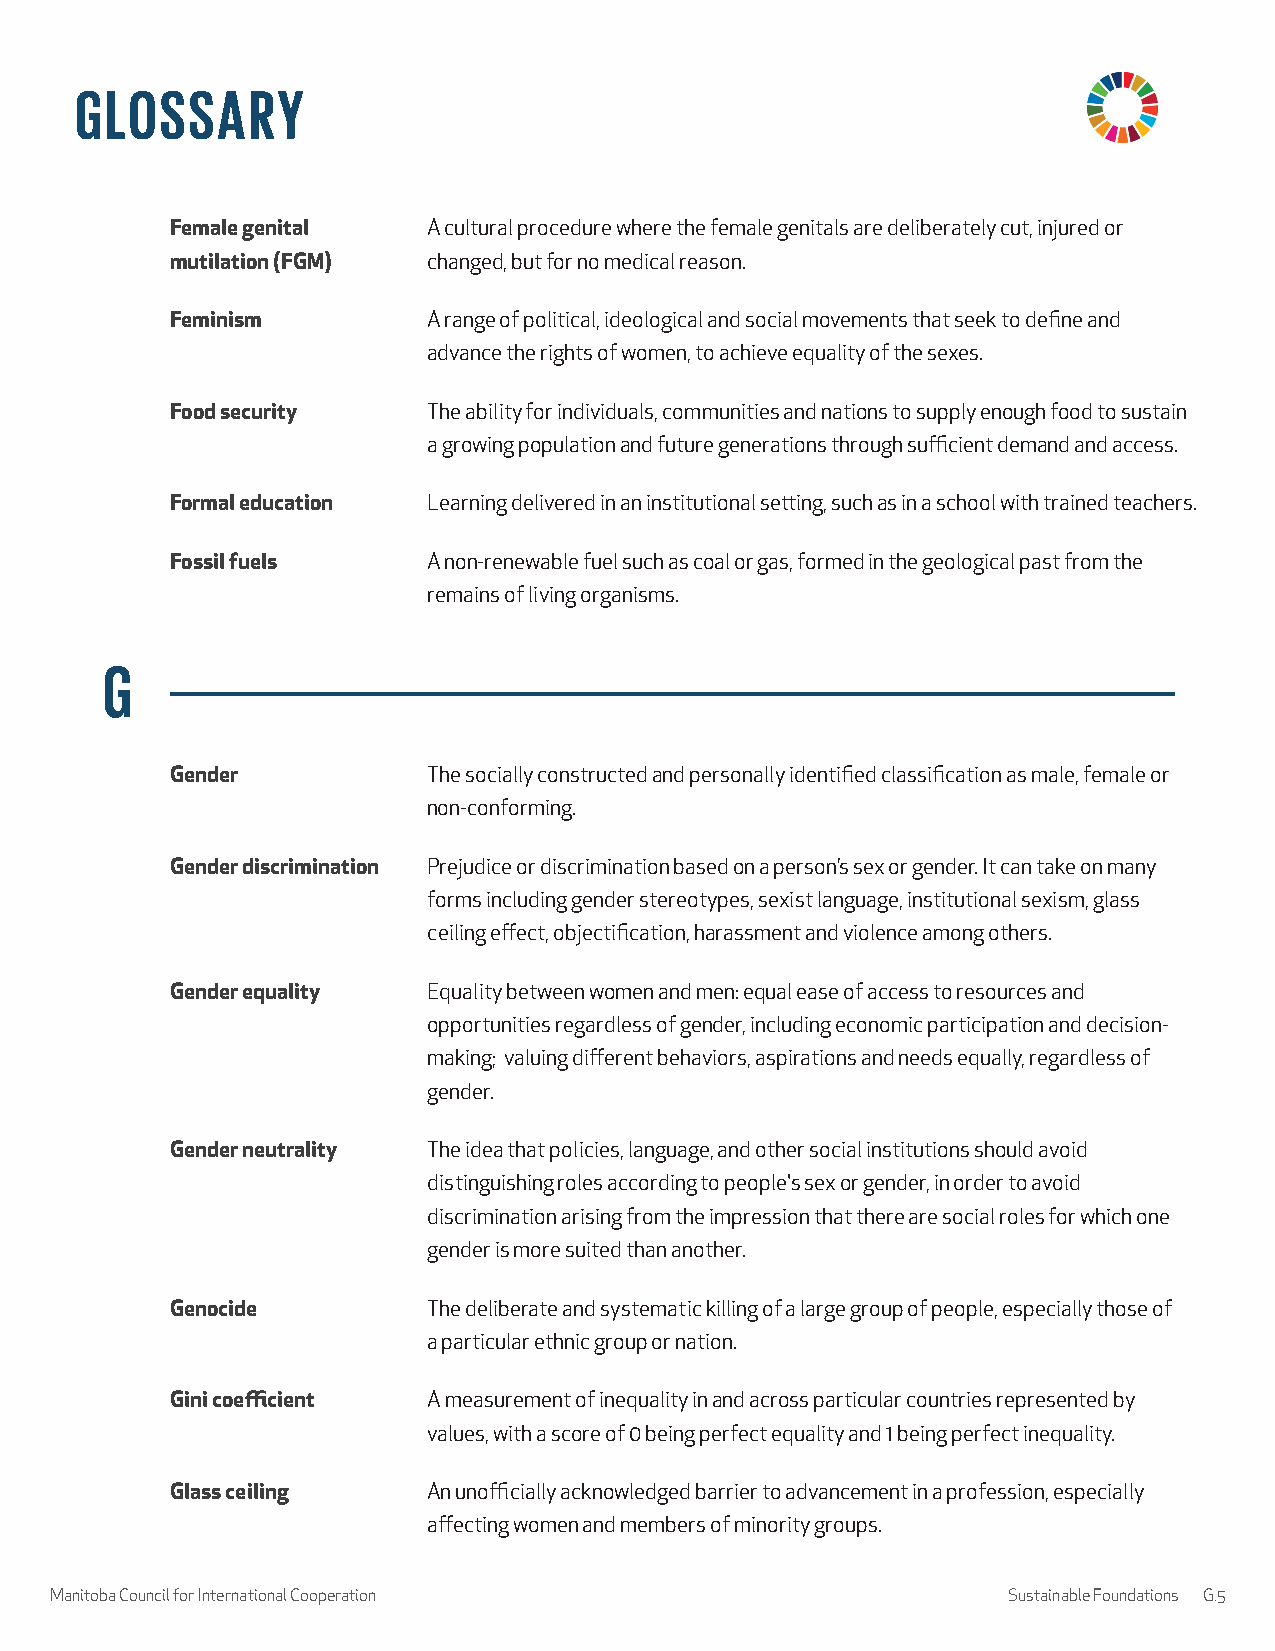
GLOSSARY
 Female genital   A cultural procedure where the female genitals are deliberately cut, injured or
 mutilation (FGM) changed, but for no medical reason.
 Feminism         A range of political, ideological and social movements that seek to define and
 advance the rights of women, to achieve equality of the sexes.
 Food security    The ability for individuals, communities and nations to supply enough food to sustain
 a growing population and future generations through sufficient demand and access.
 Formal education Learning delivered in an institutional setting, such as in a school with trained teachers.
 Fossil fuels     A non-renewable fuel such as coal or gas, formed in the geological past from the
 remains of living organisms.
 G
 Gender           The socially constructed and personally identified classification as male, female or
 non-conforming.
 Gender discrimination Prejudice or discrimination based on a person’s sex or gender. It can take on many
 forms including gender stereotypes, sexist language, institutional sexism, glass
 ceiling effect, objectification, harassment and violence among others.
 Gender equality  Equality between women and men: equal ease of access to resources and
 opportunities regardless of gender, including economic participation and decision-
 making; valuing different behaviors, aspirations and needs equally, regardless of
 gender.
 Gender neutrality The idea that policies, language, and other social institutions should avoid
 distinguishing roles according to people's sex or gender, in order to avoid
 discrimination arising from the impression that there are social roles for which one
 gender is more suited than another.
 Genocide         The deliberate and systematic killing of a large group of people, especially those of
 a particular ethnic group or nation.
 Gini coefficient A measurement of inequality in and across particular countries represented by
 values, with a score of 0 being perfect equality and 1 being perfect inequality.
 Glass ceiling    An unofficially acknowledged barrier to advancement in a profession, especially
 affecting women and members of minority groups.
 Manitoba Council for International Cooperation                  Sustainable Foundations G.5